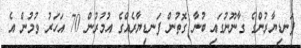
ފަނޑިޔާރުންގެ ގާނޫނުގައި ބުނާ ގޮތުން ފަނޑިޔާރެއްގެ އުމުރުން 70 އަހަރު ވުމުން އެ